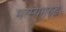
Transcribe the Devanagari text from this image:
मत्स्यगरुड